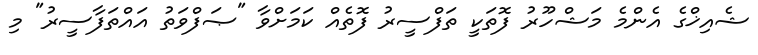
ޝެއިޚްގެ އެންމެ މަޝްހޫރު ފޮތަކީ ތަފްސީރު ފޮތެއް ކަމަށްވާ "ޞަފްވަތު އައްތަފާސީރު" މި